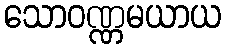
သောဝဏ္ဏမယာယ